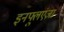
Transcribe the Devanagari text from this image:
इनफ्लुएंज़ा